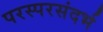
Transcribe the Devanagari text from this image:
परस्परसंदर्भ